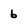
Character: 6